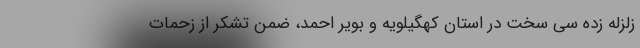
زلزله زده سی سخت در استان کهگیلویه و بویر احمد، ضمن تشکر از زحمات